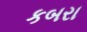
કબરા